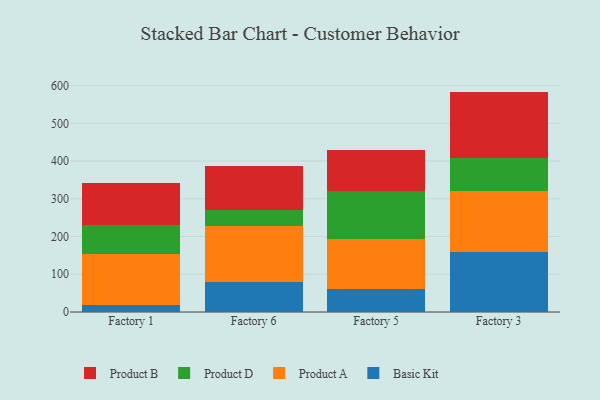
{"axis": {"x": "Factory", "y": "Revenue (USD Million)"}, "legend": ["Basic Kit", "Product A", "Product B", "Product D"], "data": [{"x": "Factory 1", "y": 18.2, "type": "Basic Kit"}, {"x": "Factory 1", "y": 135.8, "type": "Product A"}, {"x": "Factory 1", "y": 76.3, "type": "Product D"}, {"x": "Factory 1", "y": 112.6, "type": "Product B"}, {"x": "Factory 6", "y": 80.8, "type": "Basic Kit"}, {"x": "Factory 6", "y": 146.1, "type": "Product A"}, {"x": "Factory 6", "y": 43.7, "type": "Product D"}, {"x": "Factory 6", "y": 116.5, "type": "Product B"}, {"x": "Factory 5", "y": 61.8, "type": "Basic Kit"}, {"x": "Factory 5", "y": 130.6, "type": "Product A"}, {"x": "Factory 5", "y": 129.0, "type": "Product D"}, {"x": "Factory 5", "y": 107.6, "type": "Product B"}, {"x": "Factory 3", "y": 158.4, "type": "Basic Kit"}, {"x": "Factory 3", "y": 161.2, "type": "Product A"}, {"x": "Factory 3", "y": 89.6, "type": "Product D"}, {"x": "Factory 3", "y": 174.9, "type": "Product B"}]}